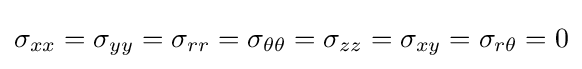
\sigma _{xx}=\sigma _{yy}=\sigma _{rr}=\sigma _{\theta \theta }=\sigma _{zz}=\sigma _{xy}=\sigma _{r\theta }=0